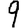
Digit: 9